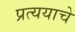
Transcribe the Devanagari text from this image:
प्रत्ययाचे